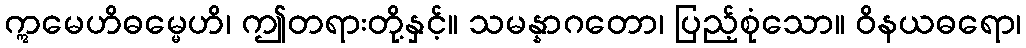
ဣမေဟိဓမ္မေဟိ၊ ဤတရားတို့နှင့်။ သမန္နာဂတော၊ ပြည့်စုံသော။ ဝိနယဓရော၊